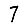
Digit: 7